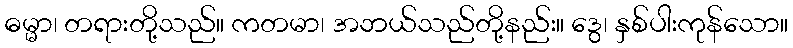
ဓမ္မာ၊ တရားတို့သည်။ ကတမာ၊ အဘယ်သည်တို့နည်း။ ဒွေ၊ နှစ်ပါးကုန်သော။